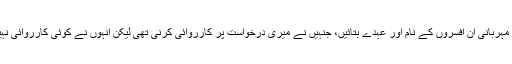
برائے مہربانی ان افسروں کے نام اور عہدے بتائیں، جنہیں نے میری درخواست پر کارروائی کرنی تھی لیکن انہوں نے کوئی کارروائی نہیں کی۔